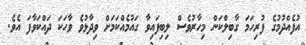
އުފެއްދުމުގެ ފުރިހަމަ ގާބިލްކަން މިހާރުވެސް ލިބިފައިވާ ގައުމެއްކަމަށް ވިދާޅުވެ ވާހަކަ ދައްކަވާފަ އެވެ.